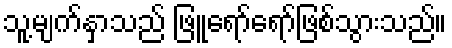
သူ့မျက်နှာသည် ဖြူရော်ရော်ဖြစ်သွားသည်။